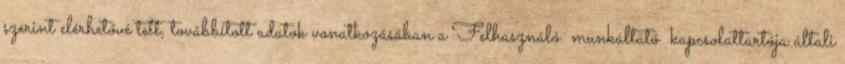
szerint elérhetővé tett, továbbított adatok vonatkozásában a Felhasználó munkáltató kapcsolattartója általi